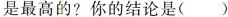
是最高的？你的结论是()